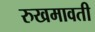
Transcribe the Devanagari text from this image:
रुखमावती